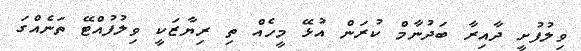
ވިލުފުށީ ދާއިރާ ބަދުނާމް ކުރަން އުޅޭ މީހެއް ތި ރިޔާޒަކީ ވިލުފުއްޓޭ ތަނެއްގަ